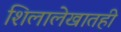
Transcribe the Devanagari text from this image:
शिलालेखातही